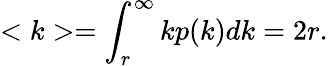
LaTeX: <k>=\int_{r}^{\infty}kp(k)dk=2r.